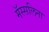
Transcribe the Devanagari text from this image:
मॅस्सलिना